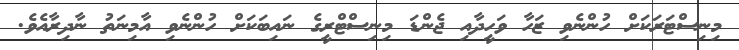
މިނިސްޓަރަކަށް ހުންނެވި ޒަހާ ވަހީދާއި ޖެންޑަ މިނިސްޓްރީގެ ނައިބަކަށް ހުންނެވި އާމިނަތު ނާދިރާއެވެ.